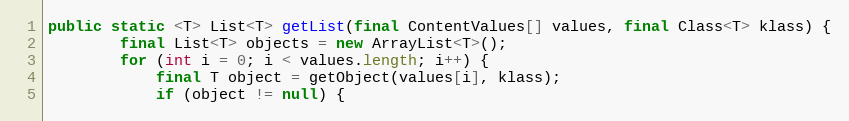
Language: Java
public static <T> List<T> getList(final ContentValues[] values, final Class<T> klass) {
        final List<T> objects = new ArrayList<T>();
        for (int i = 0; i < values.length; i++) {
            final T object = getObject(values[i], klass);
            if (object != null) {